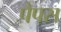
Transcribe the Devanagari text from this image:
पैपस